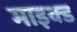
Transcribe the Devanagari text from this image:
माइक्ड